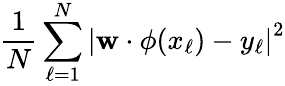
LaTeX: \frac{1}{N}\sum_{\ell=1}^{N}\left|\mathbf{w}\cdot\phi(x_{\ell})-y_{\ell}\right|^{2}